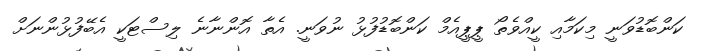
ކަންބޮޑުވަނީ މިކަމާއި ކީއްވެތޯ ޕީޕީއެމް ކަންބޮޑުފުޅު ނުވަނީ. އެތާ އޮންނާނެ ލިސްޓަކީ އެބޭފުޅުންނަށް